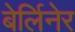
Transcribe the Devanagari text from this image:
बेर्लिनेर